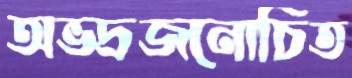
অভদ্রজনোচিত